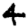
Digit: 4